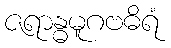
ဇရာန္ဓမူဂဗဓိရံ